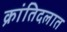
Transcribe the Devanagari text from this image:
क्रांतिदलात